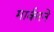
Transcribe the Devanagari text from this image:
मार्करने